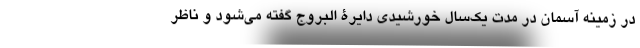
در زمینه آسمان در مدت یک‌سال خورشیدی دایرة‌ البروج گفته می‌شود و ناظر